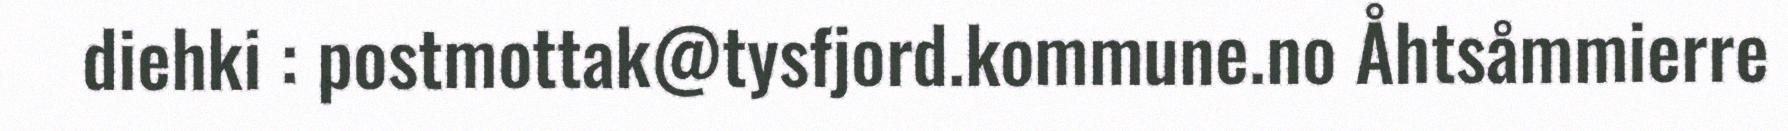
diehki : postmottak@tysfjord.kommune.no Åhtsåmmierre